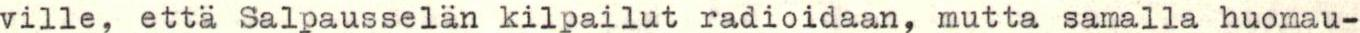
ville, että Salpausselän kilpailut radioidaan, mutta samalla huomau-